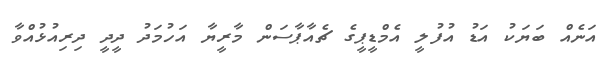
އަނެއް ބަޔަކު އަޑު އުފުލީ އެމްޑީޕީގެ ޗެއާޕާސަން މާރީޔާ އަހުމަދު ދީދީ ދިރިއުޅުއްވާ